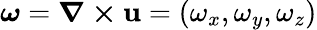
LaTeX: \boldsymbol{\omega}=\boldsymbol{\nabla\times\mathbf{u}}=(\omega_{x},\omega_{y},\omega_{z})